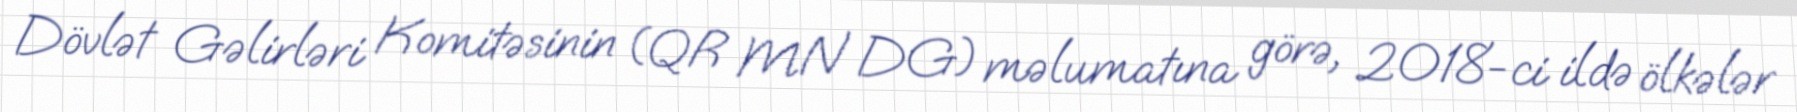
Dövlət Gəlirləri Komitəsinin (QR MN DG) məlumatına görə, 2018-ci ildə ölkələr